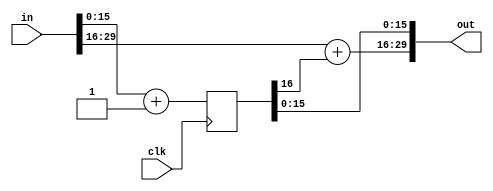
/////////////////////////////////////////////////////////////////////
////                                                             ////
////  WISHBONE DMA Primitives                                    ////
////                                                             ////
////                                                             ////
////          rudi@asics.ws                                      ////
////                                                             ////
////                                                             ////
////  Downloaded from: http://www.opencores.org/cores/wb_dma/    ////
////                                                             ////
/////////////////////////////////////////////////////////////////////
////                                                             ////
//// Copyright (C) 2000-2002 Rudolf Usselmann                    ////
////                         www.asics.ws                        ////
////                         rudi@asics.ws                       ////
////                                                             ////
//// This source file may be used and distributed without        ////
//// restriction provided that this copyright statement is not   ////
//// removed from the file and that any derivative work contains ////
//// the original copyright notice and the associated disclaimer.////
////                                                             ////
////     THIS SOFTWARE IS PROVIDED ``AS IS'' AND WITHOUT ANY     ////
//// EXPRESS OR IMPLIED WARRANTIES, INCLUDING, BUT NOT LIMITED   ////
//// TO, THE IMPLIED WARRANTIES OF MERCHANTABILITY AND FITNESS   ////
//// FOR A PARTICULAR PURPOSE. IN NO EVENT SHALL THE AUTHOR      ////
//// OR CONTRIBUTORS BE LIABLE FOR ANY DIRECT, INDIRECT,         ////
//// INCIDENTAL, SPECIAL, EXEMPLARY, OR CONSEQUENTIAL DAMAGES    ////
//// (INCLUDING, BUT NOT LIMITED TO, PROCUREMENT OF SUBSTITUTE   ////
//// GOODS OR SERVICES; LOSS OF USE, DATA, OR PROFITS; OR        ////
//// BUSINESS INTERRUPTION) HOWEVER CAUSED AND ON ANY THEORY OF  ////
//// LIABILITY, WHETHER IN  CONTRACT, STRICT LIABILITY, OR TORT  ////
//// (INCLUDING NEGLIGENCE OR OTHERWISE) ARISING IN ANY WAY OUT  ////
//// OF THE USE OF THIS SOFTWARE, EVEN IF ADVISED OF THE         ////
//// POSSIBILITY OF SUCH DAMAGE.                                 ////
////                                                             ////
/////////////////////////////////////////////////////////////////////

//  CVS Log
//
//  $Id: wb_dma_inc30r.v,v 1.2 2002-02-01 01:54:45 rudi Exp $
//
//  $Date: 2002-02-01 01:54:45 $
//  $Revision: 1.2 $
//  $Author: rudi $
//  $Locker:  $
//  $State: Exp $
//
// Change History:
//               $Log: not supported by cvs2svn $
//               Revision 1.1  2001/07/29 08:57:02  rudi
//
//
//               1) Changed Directory Structure
//               2) Added restart signal (REST)
//
//               Revision 1.2  2001/06/05 10:22:37  rudi
//
//
//               - Added Support of up to 31 channels
//               - Added support for 2,4 and 8 priority levels
//               - Now can have up to 31 channels
//               - Added many configuration items
//               - Changed reset to async
//
//               Revision 1.1.1.1  2001/03/19 13:11:12  rudi
//               Initial Release
//
//
//


module wb_dma_inc30r(clk, in, out);
input		clk;
input	[29:0]	in;
output	[29:0]	out;

// INC30_CENTER indicates the center bit of the 30 bit incrementor
// so it can be easily manually optimized for best performance
parameter	INC30_CENTER = 16;

reg	[INC30_CENTER:0]	out_r;

always @(posedge clk)
	out_r <= #1 in[(INC30_CENTER - 1):0] + 1;

assign out[29:INC30_CENTER] = in[29:INC30_CENTER] + out_r[INC30_CENTER];
assign out[(INC30_CENTER - 1):0]  = out_r;

endmodule